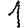
Digit: 1